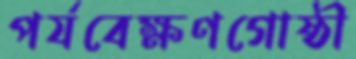
পর্যবেক্ষণগোষ্ঠী